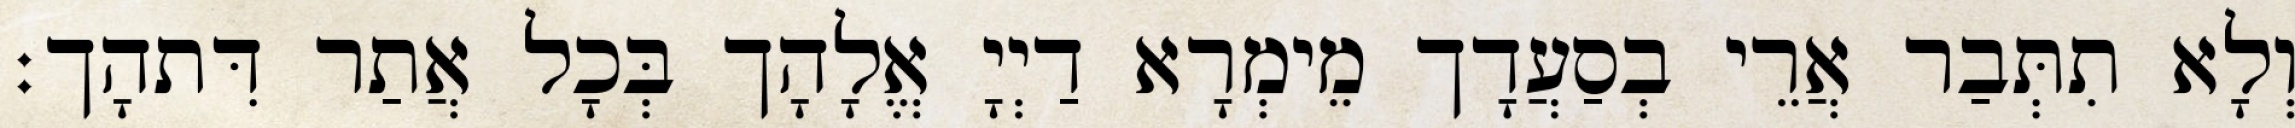
וְלָא תִתְּבַר אֲרֵי בְסַעֲדָך מֵימְרָא דַיְיָ אֱלָהָך בְּכָל אֲתַר דִּתהָך׃